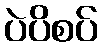
ပဲပိစပ်